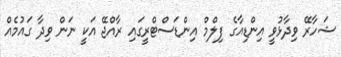
ޝަހާރޭ ވިދާޅުވީ އިންޑިއާގެ ފިލްމް އިންޑަސްޓްރީގައި ރާއްޖޭ އަކީ ނަން ވިދާ ގައުމެއް